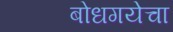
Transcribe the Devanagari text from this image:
बोधगयेचा